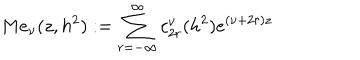
M e _ { \nu } ( z , h ^ { 2 } ) : = \sum _ { r = - \infty } ^ { \infty } c _ { 2 r } ^ { \nu } ( h ^ { 2 } ) e ^ { ( \nu + 2 r ) z }